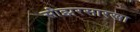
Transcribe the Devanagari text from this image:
सीझरसारखा